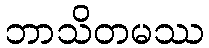
ဘာသိတမဿ